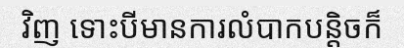
វិញ ទោះបីមានការលំបាកបន្តិចក៏